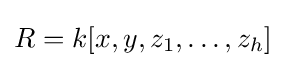
R=k[x,y,z_{1},\ldots ,z_{h}]